Leaving Certificate Examination (including Day School Certificate (Higher) General paper), 1939
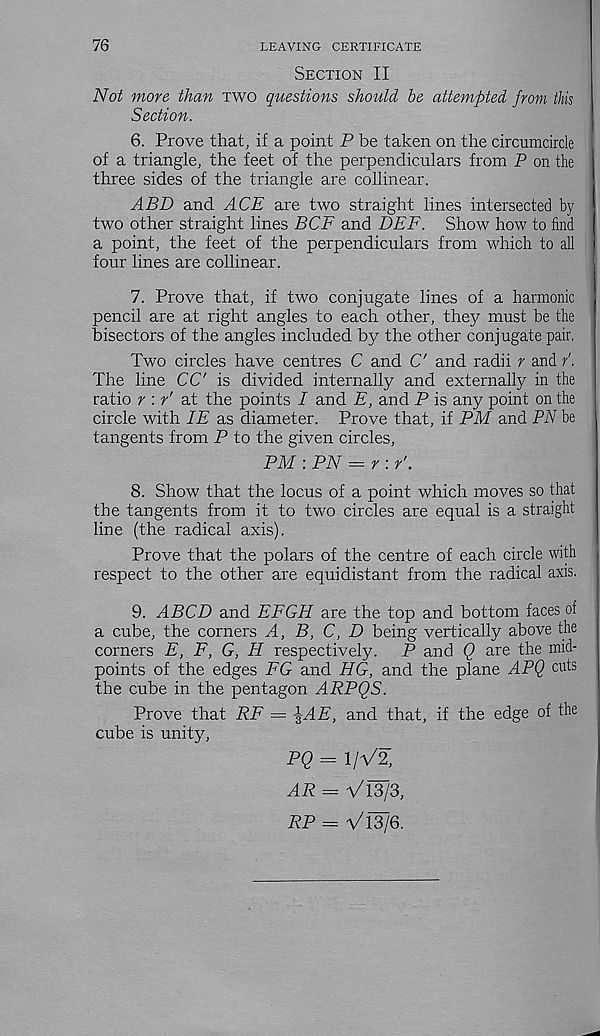
76
LEAVING CERTIFICATE
Section II
Not more than two questions should be attempted from this
Section.
6. Prove that, if a point P be taken on the circnmcircle
of a triangle, the feet of the perpendiculars from P on the
three sides of the triangle are collinear.
ABD and ACE are two straight lines intersected by
two other straight lines BCF and DEF. Show how to find
a point, the feet of the perpendiculars from which to all
four lines are collinear.
7. Prove that, if two conjugate lines of a harmonic
pencil are at right angles to each other, they must be the
bisectors of the angles included by the other conjugate pair.
Two circles have centres C and C and radii r and /.
The line CC is divided internally and externally in the
ratio r : / at the points I and E, and P is any point on the
circle with IE as diameter. Prove that, if PM and PiV be
tangents from P to the given circles,
PM-.PN = r\ r'.
8. Show that the locus of a point which moves so that
the tangents from it to two circles are equal is a straight
line (the radical axis).
Prove that the polars of the centre of each circle with
respect to the other are equidistant from the radical axis.
9. ABCD and EFGH are the top and bottom faces of
a cube, the corners A, B, C, D being vertically above the
corners E, F, G, H respectively.
P and Q are the mid-
points of the edges FG and HG, and the plane APQ cuts
the cube in the pentagon ARPQS.
Prove that RF = ^AE, and that, if the edge of the
cube is unity,
PQ = 1/V2,
AR = Vl3/3,
RP = V13/G.